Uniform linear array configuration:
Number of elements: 16
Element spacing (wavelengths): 0.75
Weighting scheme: hamming
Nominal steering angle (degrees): -60
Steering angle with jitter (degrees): -59.211
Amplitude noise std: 0.05
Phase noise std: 0.05

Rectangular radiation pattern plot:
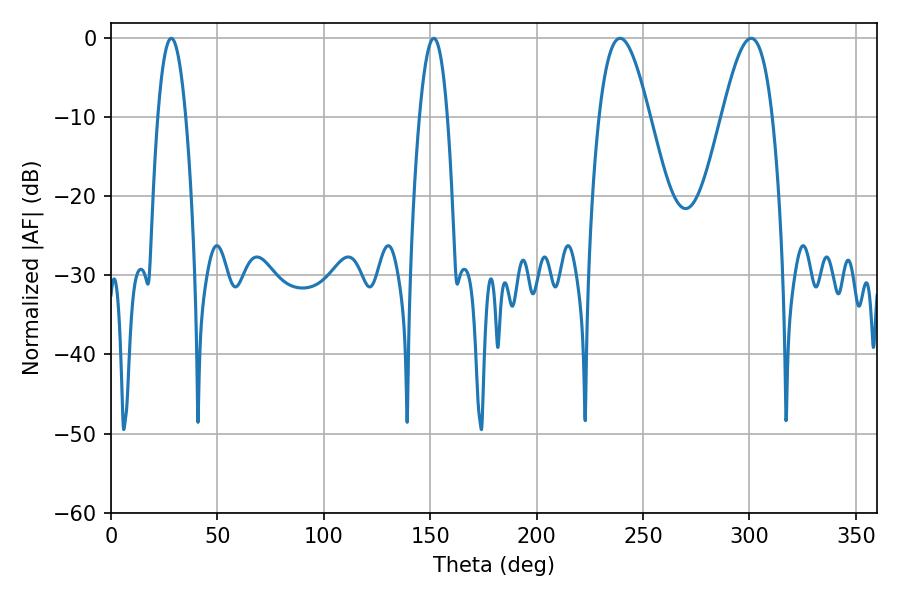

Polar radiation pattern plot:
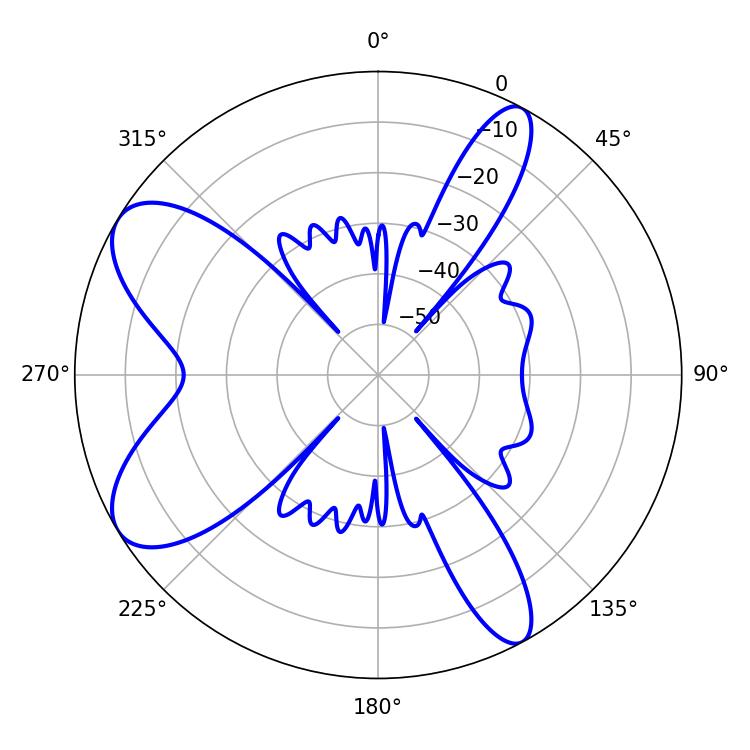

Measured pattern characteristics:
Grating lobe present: TRUE
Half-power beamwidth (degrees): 12.78
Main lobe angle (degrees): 239.22